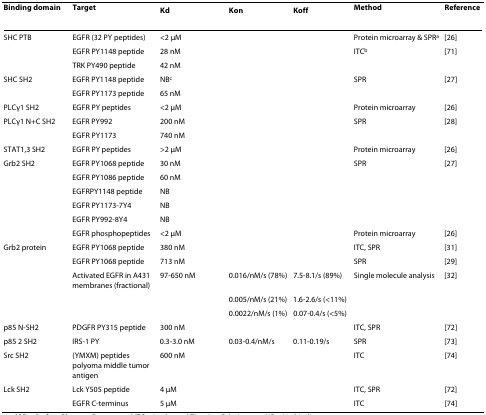
<table><thead><tr><td><b>Binding domain</b></td><td><b>Target</b></td><td><b>K<sub>d</sub></b></td><td><b>K<sub>on</sub></b></td><td><b>K<sub>off</sub></b></td><td><b>Method</b></td><td><b>Reference</b></td></tr></thead><tbody><tr><td>SHC PTB</td><td>EGFR (32 PY peptides)</td><td>&lt;2 μM</td><td></td><td></td><td>Protein microarray &amp; SPR<sup>a</sup></td><td>[26]</td></tr><tr><td></td><td>EGFR PY1148 peptide</td><td>28 nM</td><td></td><td></td><td>ITC<sup>b</sup></td><td>[71]</td></tr><tr><td></td><td>TRK PY490 peptide</td><td>42 nM</td><td></td><td></td><td></td><td></td></tr><tr><td>SHC SH2</td><td>EGFR PY1148 peptide</td><td>NB<sup>c</sup></td><td></td><td></td><td>SPR</td><td>[27]</td></tr><tr><td></td><td>EGFR PY1173 peptide</td><td>65 nM</td><td></td><td></td><td></td><td></td></tr><tr><td>PLCγ1 SH2</td><td>EGFR PY peptides</td><td>&lt;2 μM</td><td></td><td></td><td>Protein microarray</td><td>[26]</td></tr><tr><td>PLCγ1 N+C SH2</td><td>EGFR PY992</td><td>200 nM</td><td></td><td></td><td>SPR</td><td>[28]</td></tr><tr><td></td><td>EGFR PY1173</td><td>740 nM</td><td></td><td></td><td></td><td></td></tr><tr><td>STAT1,3 SH2</td><td>EGFR PY peptides</td><td>&gt;2 μM</td><td></td><td></td><td>Protein microarray</td><td>[26]</td></tr><tr><td>Grb2 SH2</td><td>EGFR PY1068 peptide</td><td>30 nM</td><td></td><td></td><td>SPR</td><td>[27]</td></tr><tr><td></td><td>EGFR PY1086 peptide</td><td>60 nM</td><td></td><td></td><td></td><td></td></tr><tr><td></td><td>EGFRPY1148 peptide</td><td>NB</td><td></td><td></td><td></td><td></td></tr><tr><td></td><td>EGFR PY1173-7Y4</td><td>NB</td><td></td><td></td><td></td><td></td></tr><tr><td></td><td>EGFR PY992-8Y4</td><td>NB</td><td></td><td></td><td></td><td></td></tr><tr><td></td><td>EGFR phosphopeptides</td><td>&lt;2 μM</td><td></td><td></td><td>Protein microarray</td><td>[26]</td></tr><tr><td>Grb2 protein</td><td>EGFR PY1068 peptide</td><td>380 nM</td><td></td><td></td><td>ITC, SPR</td><td>[31]</td></tr><tr><td></td><td>EGFR PY1068 peptide</td><td>713 nM</td><td></td><td></td><td>SPR</td><td>[29]</td></tr><tr><td></td><td>Activated EGFR in A431 membranes (fractional)</td><td>97-650 nM</td><td>0.016/nM/s (78%)</td><td>7.5-8.1/s (89%)</td><td>Single molecule analysis</td><td>[32]</td></tr><tr><td></td><td></td><td></td><td>0.005/nM/s (21%)</td><td>1.6-2.6/s (&lt;11%)</td><td></td><td></td></tr><tr><td></td><td></td><td></td><td>0.0022/nM/s (1%)</td><td>0.07-0.4/s (&lt;5%)</td><td></td><td></td></tr><tr><td>p85 N-SH2</td><td>PDGFR PY315 peptide</td><td>300 nM</td><td></td><td></td><td>ITC, SPR</td><td>[72]</td></tr><tr><td>p85 2 SH2</td><td>IRS-1 PY</td><td>0.3-3.0 nM</td><td>0.03-0.4/nM/s</td><td>0.11-0.19/s</td><td>SPR</td><td>[73]</td></tr><tr><td>Src SH2</td><td>(YMXM) peptides polyoma middle tumor antigen</td><td>600 nM</td><td></td><td></td><td>ITC</td><td>[74]</td></tr><tr><td>Lck SH2</td><td>Lck Y505 peptide</td><td>4 μM</td><td></td><td></td><td>ITC, SPR</td><td>[72]</td></tr><tr><td></td><td>EGFR C-terminus</td><td>5 μM</td><td></td><td></td><td>ITC</td><td>[74]</td></tr></tbody></table>